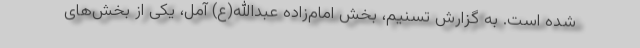
شده است. به گزارش تسنیم، بخش امام‌زاده عبدالله(ع) آمل، یکی از بخش‌های